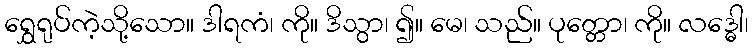
ရွှေရုပ်ကဲ့သို့သော။ ဒါရကံ၊ ကို။ ဒိသွာ၊ ၍။ မေ၊ သည်။ ပုတ္တော၊ ကို။ လဒ္ဓေါ၊